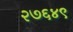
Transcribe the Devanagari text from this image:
२७६४९